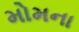
મોમના